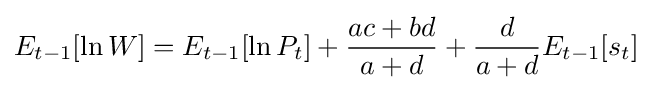
E_{t-1}[\ln {W}]=E_{t-1}[\ln {P_{t}}]+{\frac {ac+bd}{a+d}}+{\frac {d}{a+d}}E_{t-1}[s_{t}]\;